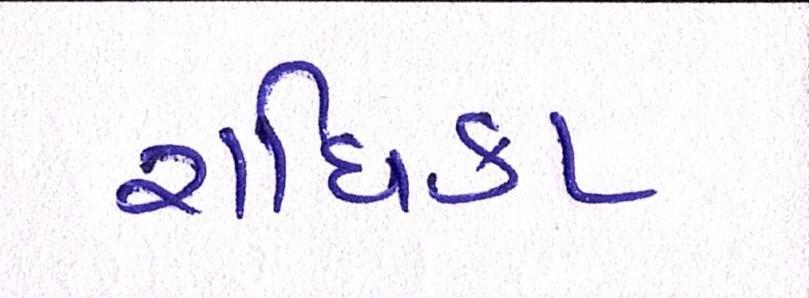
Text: રાધિકા